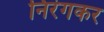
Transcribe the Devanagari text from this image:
निरंगकर